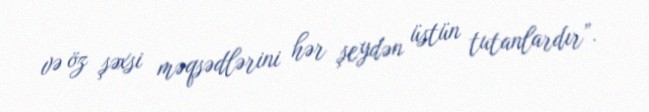
və öz şəxsi məqsədlərini hər şeydən üstün tutanlardır”.